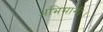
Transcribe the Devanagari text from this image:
अभिमानी।